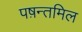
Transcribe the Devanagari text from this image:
पष़न्तमिल